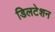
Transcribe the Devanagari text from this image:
डिलटेशन